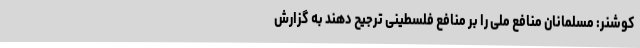
کوشنر: مسلمانان منافع ملی را بر منافع فلسطینی ترجیح دهند به گزارش